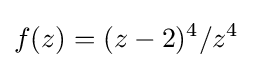
f(z)=(z-2)^{4}/z^{4}